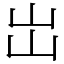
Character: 岀